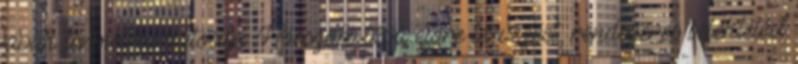
javak termelése biztosítja. Hosszabb távú előre tervezést, rendszeres befektetést